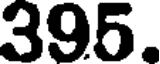
395.